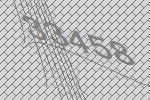
33458